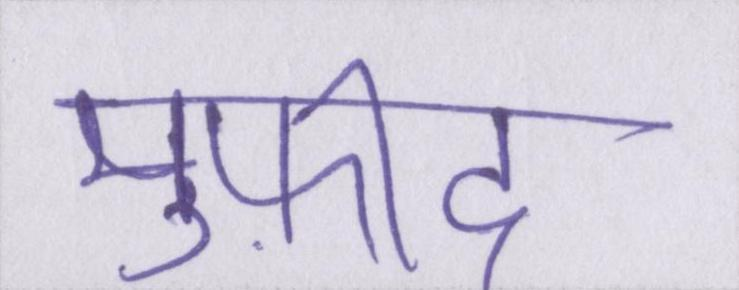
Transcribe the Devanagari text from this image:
मुफ़ीद